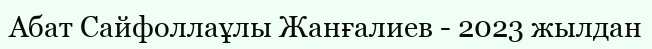
Абат Сайфоллаұлы Жанғалиев - 2023 жылдан